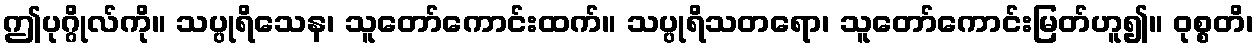
ဤပုဂ္ဂိုလ်ကို။ သပ္ပုရိသေန၊ သူတော်ကောင်းထက်။ သပ္ပုရိသတရော၊ သူတော်ကောင်းမြတ်ဟူ၍။ ဝုစ္စတိ၊